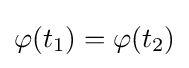
\varphi (t_{1})=\varphi (t_{2})